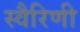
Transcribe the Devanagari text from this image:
स्वैरिणी